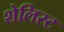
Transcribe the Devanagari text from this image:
शेलिस्ट